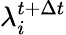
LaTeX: \lambda_{i}^{t+\Delta t}